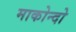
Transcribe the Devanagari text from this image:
माकोन्दो